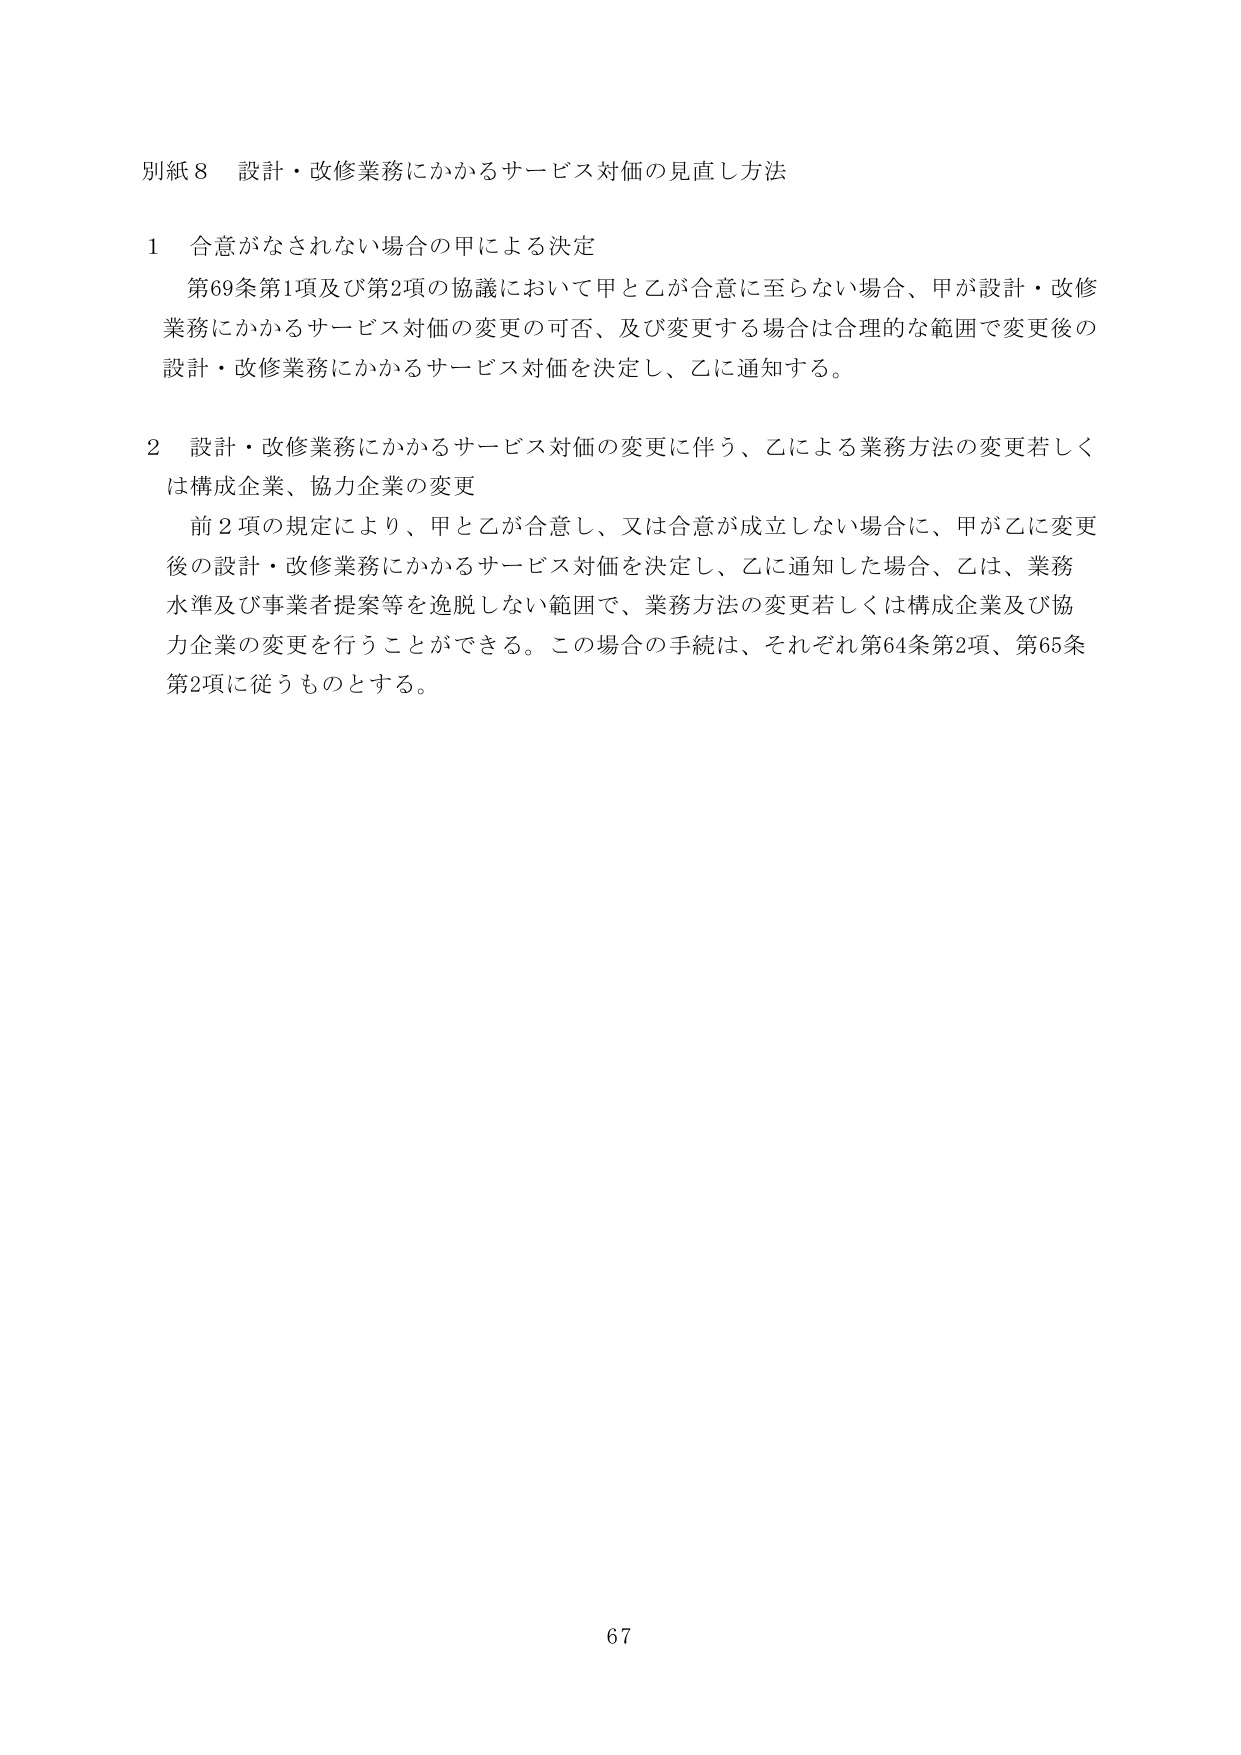
別紙８ 設計・改修業務にかかるサービス対価の見直し方法

１ 合意がなされない場合の甲による決定
　第69条第1項及び第2項の協議において甲と乙が合意に至らない場合、甲が設計・改修
業務にかかるサービス対価の変更の可否、及び変更する場合は合理的な範囲で変更後の
設計・改修業務にかかるサービス対価を決定し、乙に通知する。

２ 設計・改修業務にかかるサービス対価の変更に伴う、乙による業務方法の変更若しく
は構成企業、協力企業の変更
　前２項の規定により、甲と乙が合意し、又は合意が成立しない場合に、甲が乙に変更
後の設計・改修業務にかかるサービス対価を決定し、乙に通知した場合、乙は、業務
水準及び事業者提案等を逸脱しない範囲で、業務方法の変更若しくは構成企業及び協
力企業の変更を行うことができる。この場合の手続は、それぞれ第64条第2項、第65条
第2項に従うものとする。

67